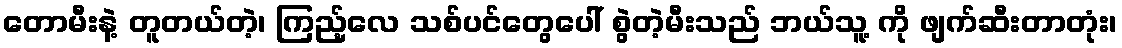
တောမီးနဲ့ တူတယ်တဲ့၊ ကြည့်လေ သစ်ပင်တွေပေါ် စွဲတဲ့မီးသည် ဘယ်သူ့ ကို ဖျက်ဆီးတာတုံး၊